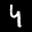
Label: 4